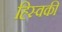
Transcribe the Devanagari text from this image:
ह्स्विकी